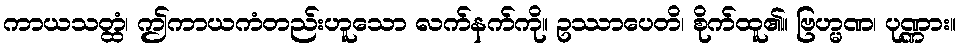
ကာယသတ္ထံ၊ ဤကာယကံတည်းဟူသော လက်နက်ကို။ ဥဿာပေတိ၊ စိုက်ထူ၏။ ဗြဟ္မဏ၊ ပုဏ္ဏား။